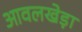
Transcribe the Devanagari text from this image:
आवलखेड़ा